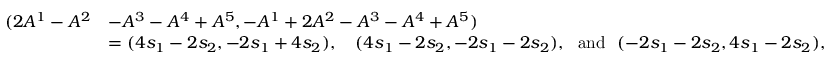
\begin{array} { r l } { ( 2 A ^ { 1 } - A ^ { 2 } } & { - A ^ { 3 } - A ^ { 4 } + A ^ { 5 } , - A ^ { 1 } + 2 A ^ { 2 } - A ^ { 3 } - A ^ { 4 } + A ^ { 5 } ) } \\ & { = ( 4 s _ { 1 } - 2 s _ { 2 } , - 2 s _ { 1 } + 4 s _ { 2 } ) , \quad ( 4 s _ { 1 } - 2 s _ { 2 } , - 2 s _ { 1 } - 2 s _ { 2 } ) , \ \mathrm { ~ a n d ~ } \ ( - 2 s _ { 1 } - 2 s _ { 2 } , 4 s _ { 1 } - 2 s _ { 2 } ) , } \end{array}